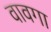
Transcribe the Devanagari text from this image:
वावगा